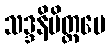
သဒ္ဒနိမိတ္တပေ